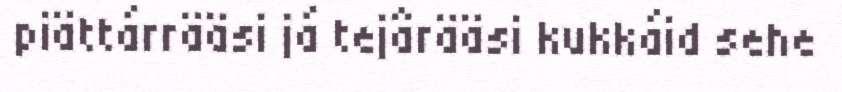
piättárrääsi já tejârääsi kukkáid sehe